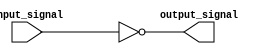
module active_low_buffer (
    input input_signal,
    output output_signal
);

assign output_signal = ~input_signal;

endmodule